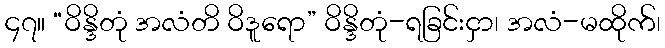
၄၇။ “ဝိန္ဒိတုံ အလံတိ ဝိဒူရော” ဝိန္ဒိတုံ-ရခြင်းငှာ၊ အလံ-မထိုက်၊